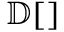
\mathbb { D } [ ]